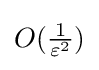
O(\textstyle {\frac {1}{\varepsilon ^{2}}})